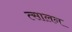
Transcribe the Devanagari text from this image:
त्सालन